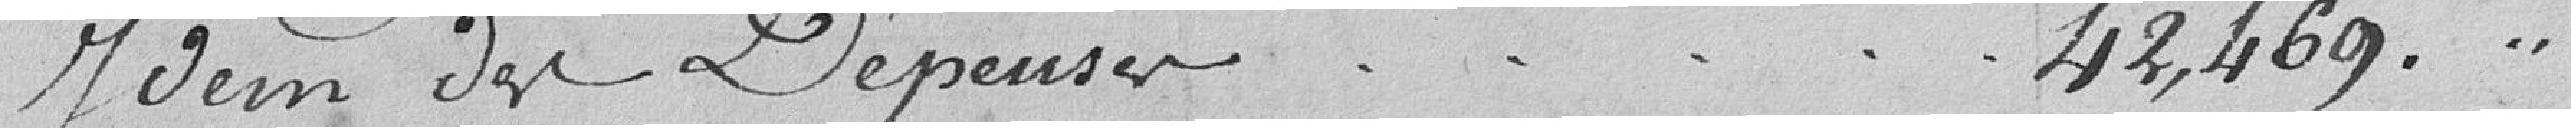
des Dépenses 42,469